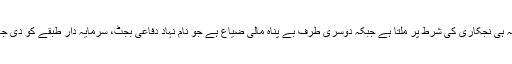
پاکستان ایک طرف اپنے سامراجی آقاؤں کے آگے سرنگوں ہے جن سے قرضہ ہی نجکاری کی شرط پر ملتا ہے جبکہ دوسری طرف بے پناہ مالی ضیاع ہے جو نام نہاد دفاعی بجٹ، سرمایہ دار طبقے کو دی جانے والی معاشی مراعات اور ریاستی گماشتوں کی عیاشیوں پر خرچ ہوتا ہے۔